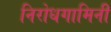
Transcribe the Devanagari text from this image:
निरोधगामिनी